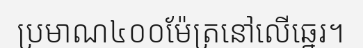
ប្រមាណ៤០០ម៉ែត្រនៅលើឆ្នេរ។